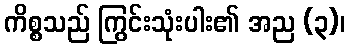
ကိစ္စသည် ကြွင်းသုံးပါး၏ အည (၃)၊